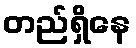
တည်ရှိနေ